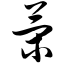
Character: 策